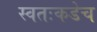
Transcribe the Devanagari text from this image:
स्वतःकडेच